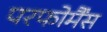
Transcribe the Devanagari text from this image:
परफोर्मैंस